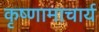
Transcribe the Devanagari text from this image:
कृष्णामाचार्य